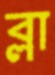
ব্লা